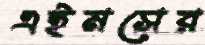
এইমসের